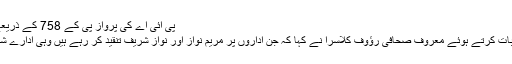
پی آئی اے کی پرواز پی کے 758 کے ذریعے نواز شریف 23 اکتوبر کو ... مزید
: نجی ٹی وی چینل کے پروگرام میں بات کرتے ہوئے معروف صحافی رﺅوف کلاسرا نے کہا کہ جن اداروں پر مریم نواز اور نواز شریف تنقید کر رہے ہیں وہی ادارے شہباز شریف کا ساتھ دینے کو تیار ہیں۔